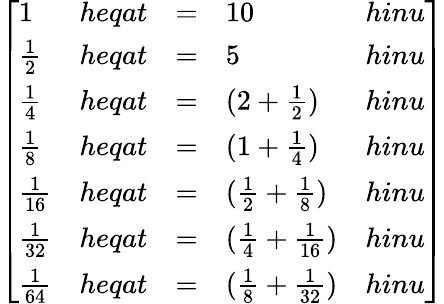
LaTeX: {\left[\begin{array}{lllll}{1}&{heqat}&{=}&{10}&{hinu}\\ {{\frac{1}{2}}}&{heqat}&{=}&{5}&{hinu}\\ {{\frac{1}{4}}}&{heqat}&{=}&{(2+{\frac{1}{2}})}&{hinu}\\ {{\frac{1}{8}}}&{heqat}&{=}&{(1+{\frac{1}{4}})}&{hinu}\\ {{\frac{1}{16}}}&{heqat}&{=}&{({\frac{1}{2}}+{\frac{1}{8}})}&{hinu}\\ {{\frac{1}{32}}}&{heqat}&{=}&{({\frac{1}{4}}+{\frac{1}{16}})}&{hinu}\\ {{\frac{1}{64}}}&{heqat}&{=}&{({\frac{1}{8}}+{\frac{1}{32}})}&{hinu}\end{array}\right]}